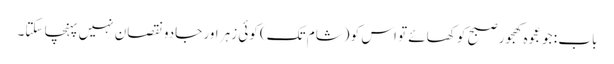
باب : جو عجوہ کھجور صبح کو کھائے تو اس کو (شام تک) کوئی زہر اور جادو نقصان نہیں پہنچا سکتا۔